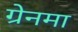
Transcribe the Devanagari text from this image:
ग्रेनमा